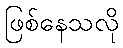
ဖြစ်နေသလို